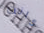
كانت